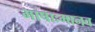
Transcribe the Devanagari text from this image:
भाषाःमानव